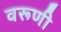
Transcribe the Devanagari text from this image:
वरूणी